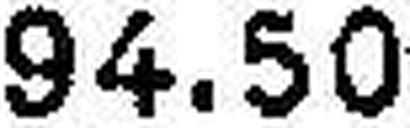
94.50